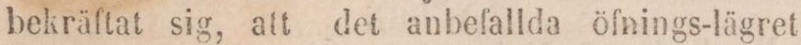
bekräftat sig, att det anbefallda öfnings-lägret